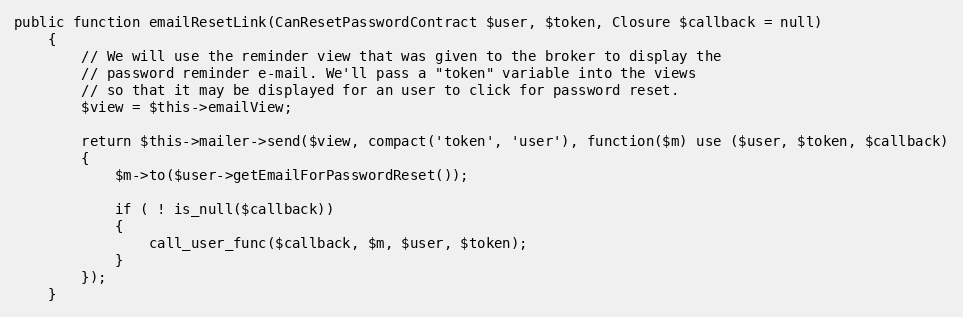
Language: PHP
public function emailResetLink(CanResetPasswordContract $user, $token, Closure $callback = null)
	{
		// We will use the reminder view that was given to the broker to display the
		// password reminder e-mail. We'll pass a "token" variable into the views
		// so that it may be displayed for an user to click for password reset.
		$view = $this->emailView;

		return $this->mailer->send($view, compact('token', 'user'), function($m) use ($user, $token, $callback)
		{
			$m->to($user->getEmailForPasswordReset());

			if ( ! is_null($callback))
			{
				call_user_func($callback, $m, $user, $token);
			}
		});
	}